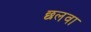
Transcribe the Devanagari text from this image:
छलवा